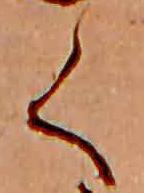
く